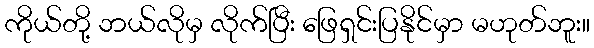
ကိုယ်တို့ ဘယ်လိုမှ လိုက်ပြီး ဖြေရှင်းပြနိုင်မှာ မဟုတ်ဘူး။